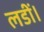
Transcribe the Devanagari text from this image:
लडीं।